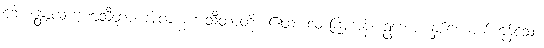
ဘောန္တောလက္ခဏသီတာ၊ အိုလက္ခဏသီတာတို့။ ဧထ၊ လာကြကုန်။ ဥဘော၊ နှစ်ယောက်ကုန်သော